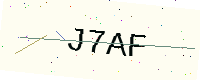
Text: J7AF